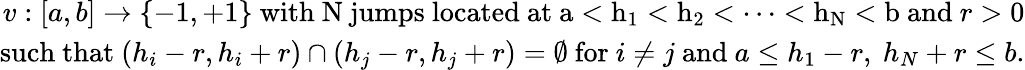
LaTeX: \begin{array}{r}{v:[a,b]\rightarrow\{ -1,+1\} \ \mathrm{with~N~jumps~located~at~a<h_1<h_2<\cdots<h_N<b~and}\ r>0}\\ {\mathrm{such~that}\ (h_{i}-r,h_{i}+r)\cap(h_{j}-r,h_{j}+r)=\emptyset\ \mathrm{for}\ i\neq j\ \mathrm{and}\ a\leq h_{1}-r,\ h_{N}+r\leq b.}\end{array}